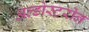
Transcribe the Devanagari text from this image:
अल्डोस्टरोन